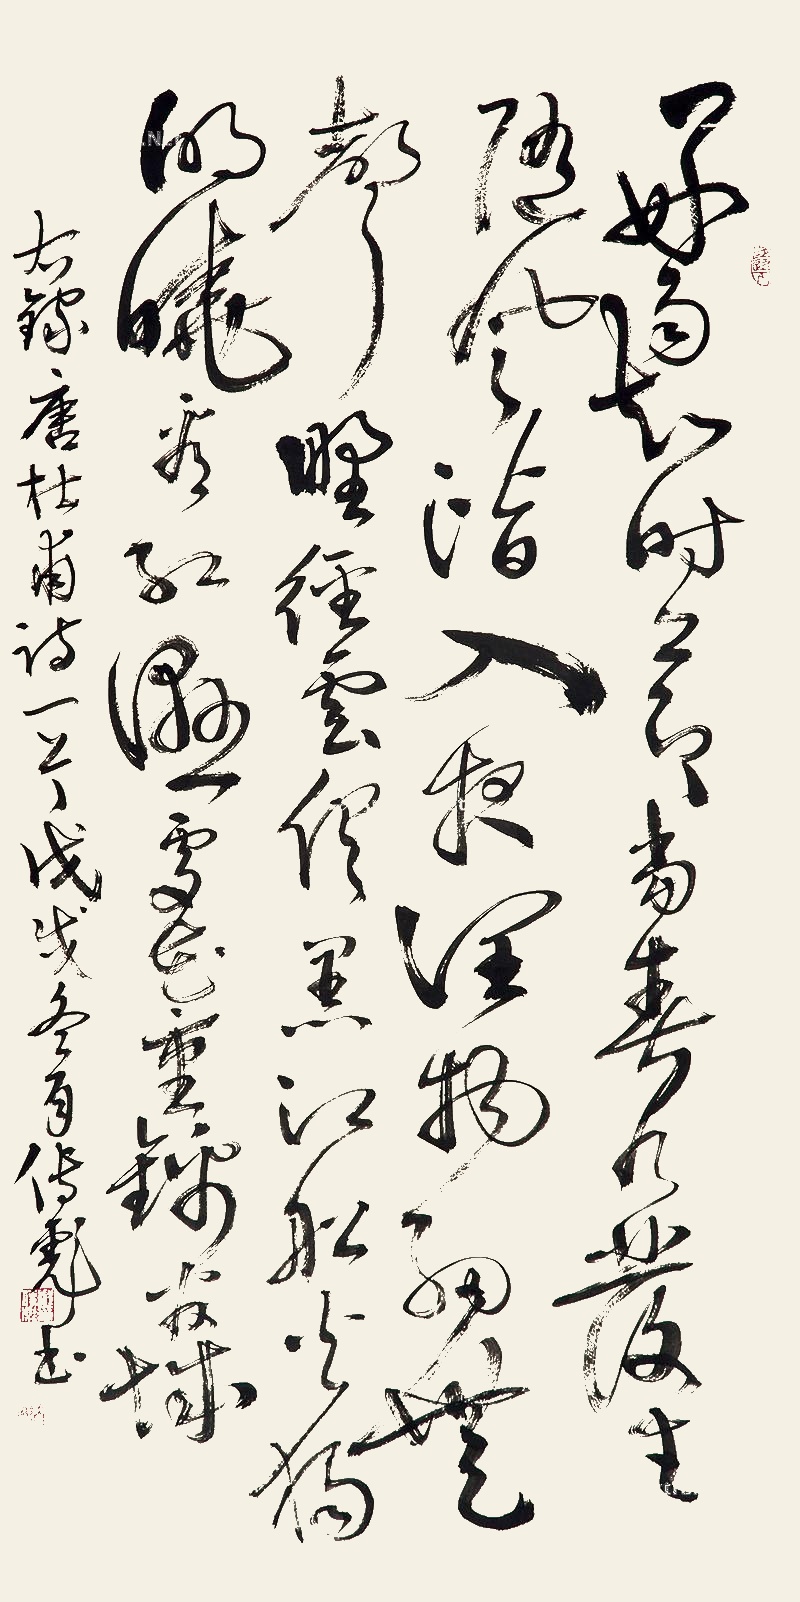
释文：好雨知时节，当春乃发生。随风潜入夜，润物细无声。野径云俱黑，江船火独明。晓看红湿处，花重锦官城。右录唐杜甫诗一首，戊戌冬月传彪书。